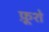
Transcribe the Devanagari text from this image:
फ़ूशे